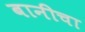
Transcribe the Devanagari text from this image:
बानीचा